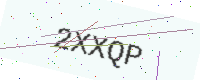
Text: 2XXQP